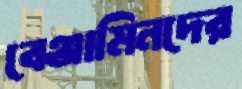
বেঞ্জামিনদের